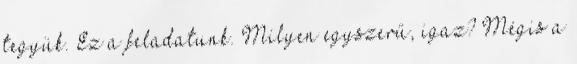
tegyük. Ez a feladatunk. Milyen egyszerű, igaz? Mégis a